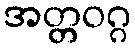
အတ္တဝဂ္ဂ